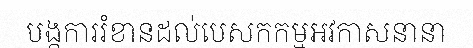
បង្កការរំខានដល់បេសកកម្មអវកាសនានា